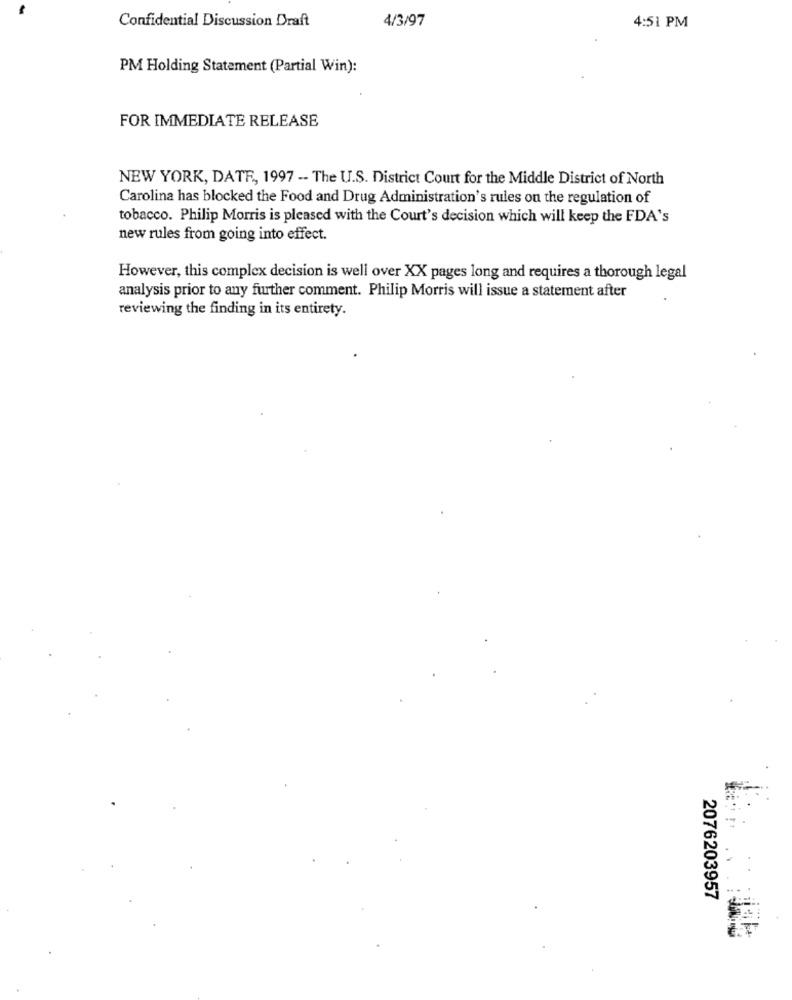
Confidential Discussion Draft
4/3/97
4:51 PM
PM Holding Statement (Partial Win):
FOR IMMEDIATE RELEASE
NEW YORK, DATE, 1997 -- The U.S. District Court for the Middle District of North
Carolina has blocked the Food and Drug Administration's rules on the regulation of
tobacco. Philip Morris is pleased with the Court's decision which will keep the FDA's
new rules from going into effect.
However, this complex decision is well over XX pages long and requires a thorough legal
analysis prior to any further comment. Philip Morris will issue a statement after
reviewing the finding in its entirety.
2076203957